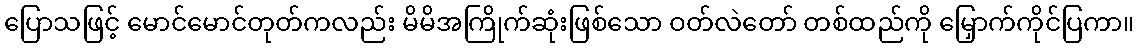
ပြောသဖြင့် မောင်မောင်တုတ်ကလည်း မိမိအကြိုက်ဆုံးဖြစ်သော ဝတ်လဲတော် တစ်ထည်ကို မြှောက်ကိုင်ပြကာ။